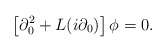
\begin{align*}\left[\partial_0^2+L(i\partial_0)\right]\phi=0.\end{align*}